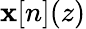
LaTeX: \mathbf{x}[n](z)